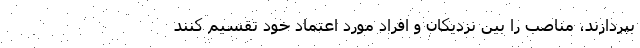
بپردازند، مناصب را بین نزدیکان و افراد مورد اعتماد خود تقسیم کنند